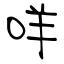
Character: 咩